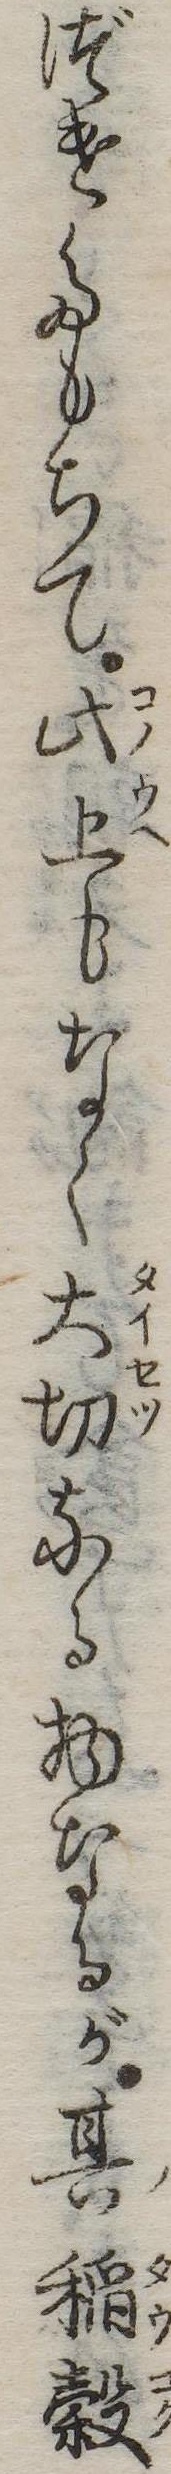
づけたもちて此上もなく大切なる物なるが其稲穀